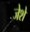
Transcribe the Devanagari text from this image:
जेशे